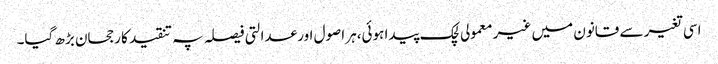
اسی تغیر سے قانون میں غیر معمولی لچک پیدا ہوئی،ہر اصول اور عدالتی فیصلہ پہ تنقید کا رجحان بڑھ گیا۔